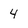
Character: 4